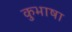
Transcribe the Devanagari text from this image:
कुभाषा